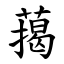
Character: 䔾